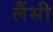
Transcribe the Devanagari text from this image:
लैंसी